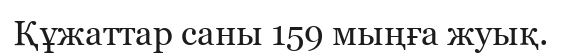
Құжаттар саны 159 мыңға жуық.